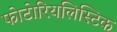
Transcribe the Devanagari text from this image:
फोटोरियलिस्टिक